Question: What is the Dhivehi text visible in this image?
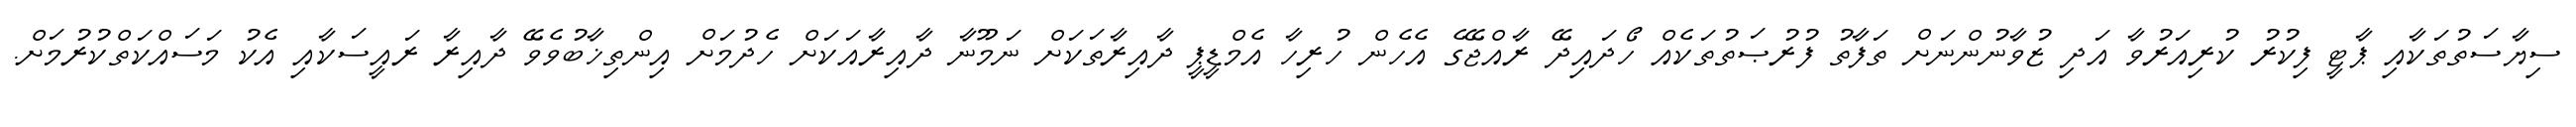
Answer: ސިޔާސަތުތަކާއި ޕާޓީ ފިކުރު ކުރިއަރުވާ އަދި ޒުވާނުންނަށް ތަފާތު ފުރުޞަތުތަކެއް ހޯދައިދޭ ރާއްޖޭގެ އެހެން ހުރިހާ އެމްޑީޕީ ދާއިރާތަކަށް ނަމޫނާ ދާއިރާއަކަށް ހެދުމަށް އިންތިޚާބުވެވޭ ދާއިރާ ރައީސަކާއި އެކު މަސައްކަތްކުރުމަށް.